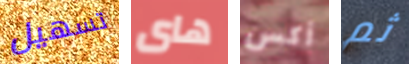
تسهيل هاى أكس ثم